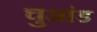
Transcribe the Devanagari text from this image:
चुआंड